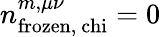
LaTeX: n_{\mathrm{frozen,\ chi}}^{m,\mu\nu}=0